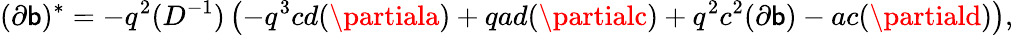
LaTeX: (\partial\mathsf{b})^{*}=-q^{2}(D^{-1})\left(-q^{3}cd(\partiala)+qad(\partialc)+q^{2}c^{2}(\partial\mathsf{b})-ac(\partiald)\right),